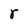
Character: r